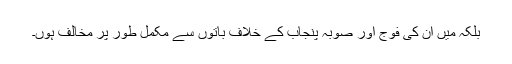
بلکہ میں ان کی فوج اور صوبہ پنجاب کے خلاف باتوں سے مکمل طور پر مخالف ہوں۔